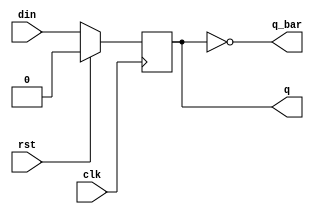
module dff(din,clk,rst,q,q_bar);
input din,clk,rst;
output q,q_bar;
reg q=0;

assign q_bar=~q;
always @(posedge clk)
begin
if(rst==1'b1)
begin
q<=0;
end
else begin
q <= din;
end
end
endmodule

module jc(clk,rst,q);
input rst,clk;
output [3:0] q;
wire w;

not a(w,q[3]);
dff d1(.din(w),.clk(clk),.rst(rst),.q(q[0]));
dff d2(.din(q[0]),.clk(clk),.rst(rst),.q(q[1]));
dff d3(.din(q[1]),.clk(clk),.rst(rst),.q(q[2]));
dff d4(.din(q[2]),.clk(clk),.rst(rst),.q(q[3]));
endmodule